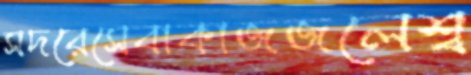
সদরেসেবাকাজজলেশ্ব